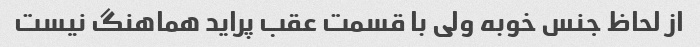
از لحاظ جنس خوبه ولی با قسمت عقب پراید هماهنگ نیست